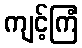
ကျင့်ကြံ